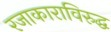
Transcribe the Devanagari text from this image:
रजाकाराविरुद्ध